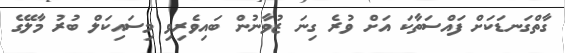
ގާތްގަނޑަކަށް ފައްސަތާކަ އަށް ވުރެ ގިނަ ޒުވާނުން ބައިވެރިވި މިސައިކަލް ބުރު މާލޭގެ